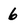
Character: 6